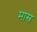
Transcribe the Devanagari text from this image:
मास्र